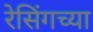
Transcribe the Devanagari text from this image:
रेसिंगच्या